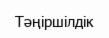
Тәңіршілдік